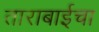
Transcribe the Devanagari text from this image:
ताराबाईचा